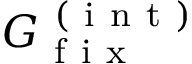
G _ { \mathrm { ~ f ~ i ~ x ~ } } ^ { \mathrm { ~ ( ~ i ~ n ~ t ~ ) ~ } }